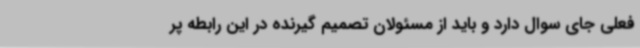
فعلی جای سوال دارد و باید از مسئولان تصمیم گیرنده در این رابطه پر